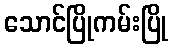
သောင်ပြိုကမ်းပြို